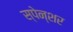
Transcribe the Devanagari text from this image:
स्पेन्शर